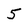
Character: 5